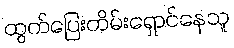
ထွက်ပြေးတိမ်းရှောင်နေသူ